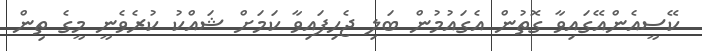
ކޭސީއެންއޭގައިވާ ގޮތުން އެގައުމުން ބަލި ޖެހިފައިވާ ކަމަށް ޝައްކު ކުރެވެނީ މީގެ ތިން